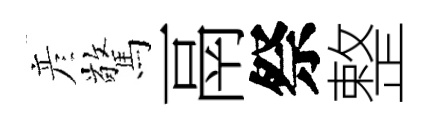
彦驚鬲祭整